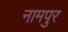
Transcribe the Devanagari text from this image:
नामपुर